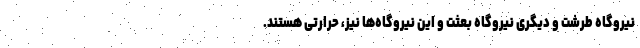
نیروگاه طرشت و دیگری نیروگاه بعثت و این نیروگاه‌ها نیز، حرارتی هستند.